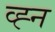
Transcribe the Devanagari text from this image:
व्ह्न